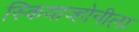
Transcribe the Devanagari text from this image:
स्कियाव्होनीला